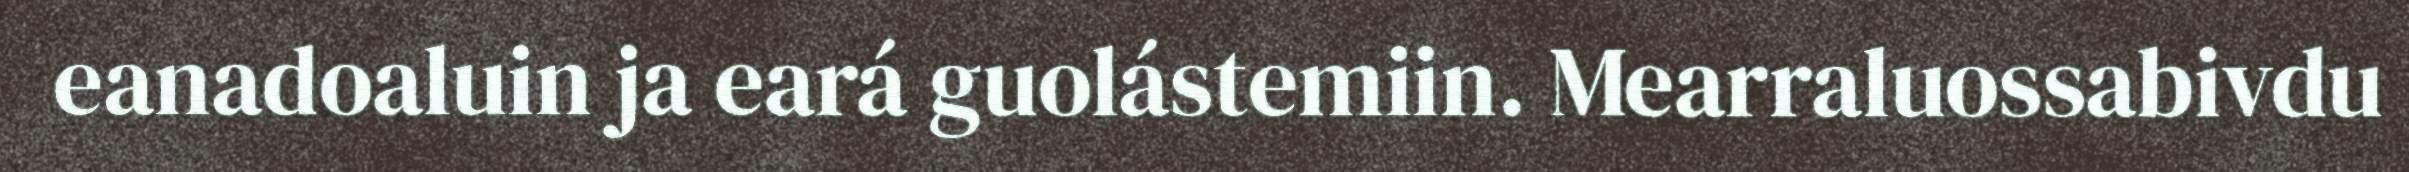
eanadoaluin ja eará guolástemiin. Mearraluossabivdu